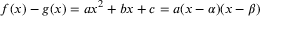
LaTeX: f ( x ) - g ( x ) = a x ^ { 2 } + b x + c = a ( x - \alpha ) ( x - \beta )